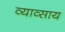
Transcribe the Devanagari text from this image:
व्याव्साय